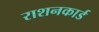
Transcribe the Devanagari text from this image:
राशनकार्ड